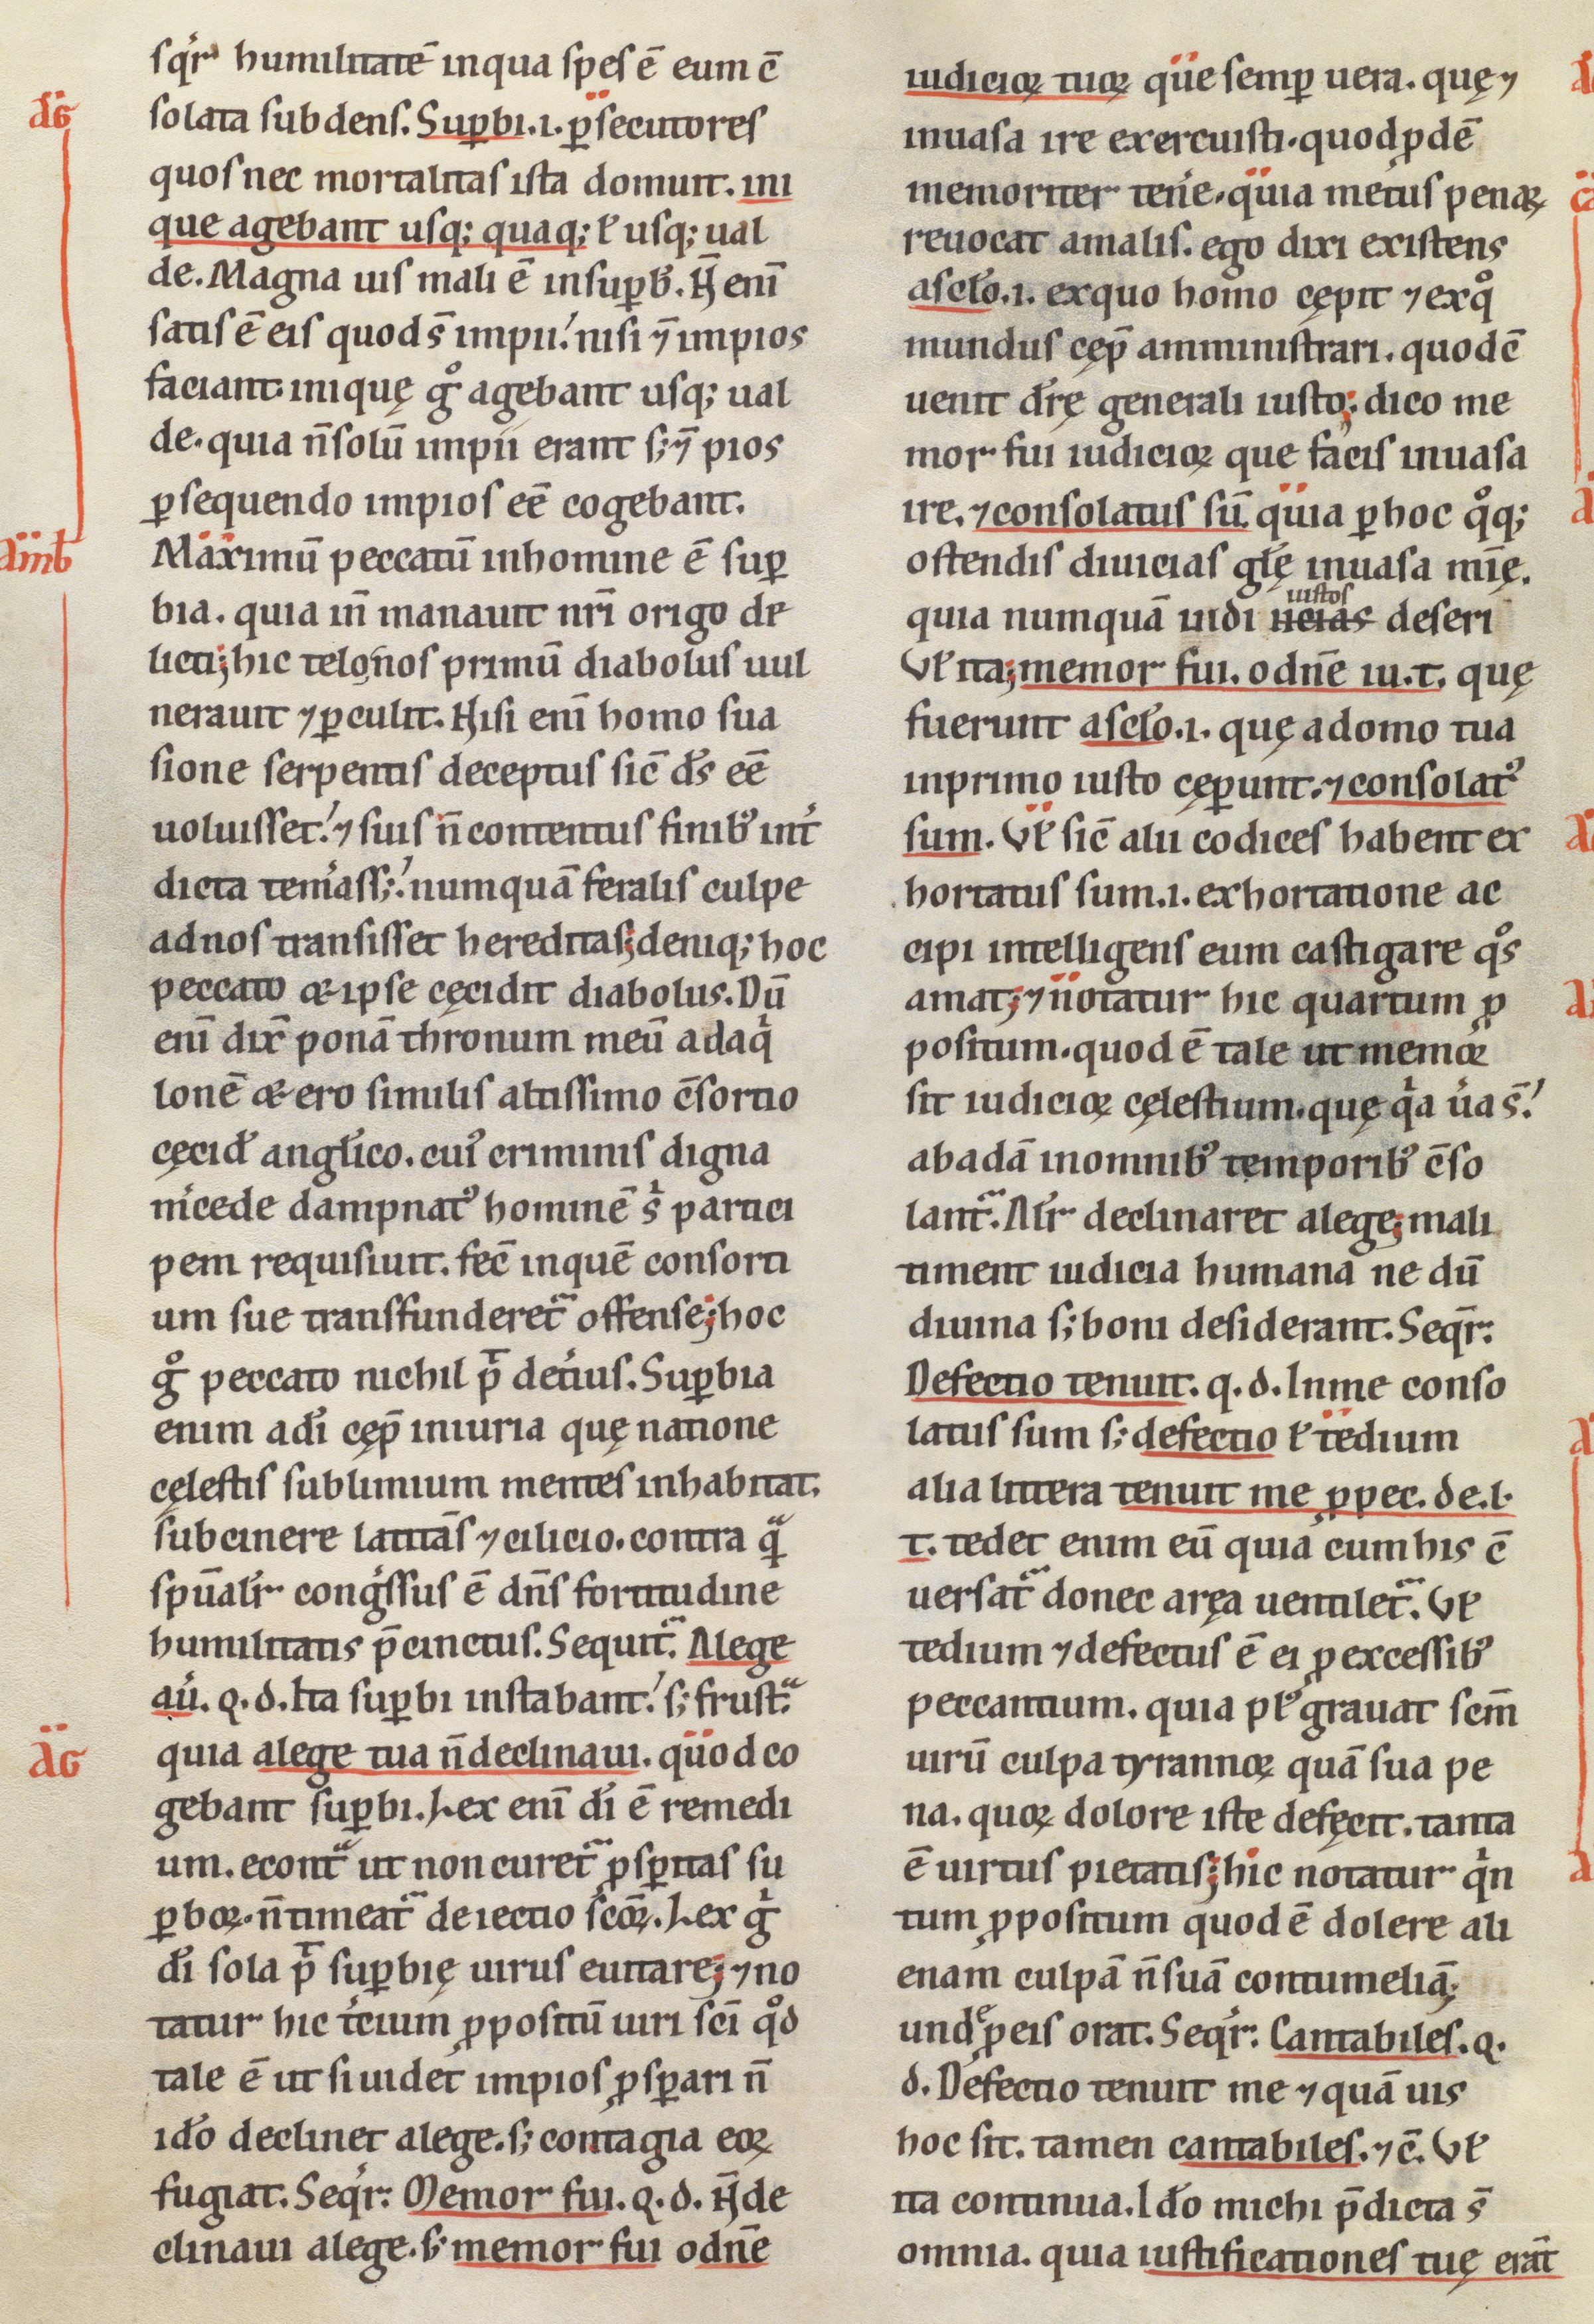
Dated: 1100–1199